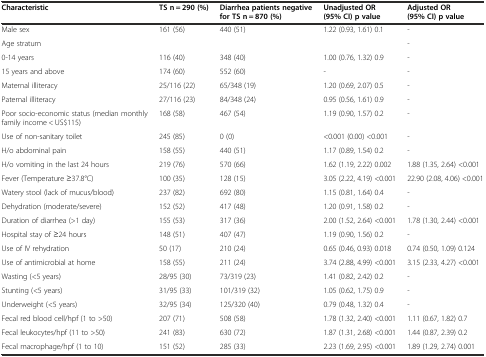
<table><thead><tr><td><b>Characteristic</b></td><td><b>TS n = 290 (%)</b></td><td><b>Diarrhea patients negative for TS n = 870 (%)</b></td><td><b>Unadjusted OR (95% CI) p value</b></td><td><b>Adjusted OR (95% CI) p value</b></td></tr></thead><tbody><tr><td>Male sex</td><td>161 (56)</td><td>440 (51)</td><td>1.22 (0.93, 1.61) 0.1</td><td>-</td></tr><tr><td>Age stratum</td><td></td><td></td><td></td><td>-</td></tr><tr><td>0-14 years</td><td>116 (40)</td><td>348 (40)</td><td>1.00 (0.76, 1.32) 0.9</td><td>-</td></tr><tr><td>15 years and above</td><td>174 (60)</td><td>552 (60)</td><td>-</td><td>-</td></tr><tr><td>Maternal illiteracy</td><td>25/116 (22)</td><td>65/348 (19)</td><td>1.20 (0.69, 2.07) 0.5</td><td>-</td></tr><tr><td>Paternal illiteracy</td><td>27/116 (23)</td><td>84/348 (24)</td><td>0.95 (0.56, 1.61) 0.9</td><td>-</td></tr><tr><td>Poor socio-economic status (median monthly family income &lt; US$115)</td><td>168 (58)</td><td>467 (54)</td><td>1.19 (0.90, 1.57) 0.2</td><td>-</td></tr><tr><td>Use of non-sanitary toilet</td><td>245 (85)</td><td>0 (0)</td><td>&lt;0.001 (0.00) &lt;0.001</td><td>-</td></tr><tr><td>H/o abdominal pain</td><td>158 (55)</td><td>440 (51)</td><td>1.17 (0.89, 1.54) 0.2</td><td>-</td></tr><tr><td>H/o vomiting in the last 24 hours</td><td>219 (76)</td><td>570 (66)</td><td>1.62 (1.19, 2.22) 0.002</td><td>1.88 (1.35, 2.64) &lt;0.001</td></tr><tr><td>Fever (Temperature ≥37.8°C)</td><td>100 (35)</td><td>128 (15)</td><td>3.05 (2.22, 4.19) &lt;0.001</td><td>22.90 (2.08, 4.06) &lt;0.001</td></tr><tr><td>Watery stool (lack of mucus/blood)</td><td>237 (82)</td><td>692 (80)</td><td>1.15 (0.81, 1.64) 0.4</td><td>-</td></tr><tr><td>Dehydration (moderate/severe)</td><td>152 (52)</td><td>417 (48)</td><td>1.20 (0.91, 1.58) 0.2</td><td>-</td></tr><tr><td>Duration of diarrhea (&gt;1 day)</td><td>155 (53)</td><td>317 (36)</td><td>2.00 (1.52, 2.64) &lt;0.001</td><td>1.78 (1.30, 2.44) &lt;0.001</td></tr><tr><td>Hospital stay of ≥24 hours</td><td>148 (51)</td><td>407 (47)</td><td>1.19 (0.90, 1.56) 0.2</td><td>-</td></tr><tr><td>Use of IV rehydration</td><td>50 (17)</td><td>210 (24)</td><td>0.65 (0.46, 0.93) 0.018</td><td>0.74 (0.50, 1.09) 0.124</td></tr><tr><td>Use of antimicrobial at home</td><td>158 (55)</td><td>211 (24)</td><td>3.74 (2.88, 4.99) &lt;0.001</td><td>3.15 (2.33, 4.27) &lt;0.001</td></tr><tr><td>Wasting (&lt;5 years)</td><td>28/95 (30)</td><td>73/319 (23)</td><td>1.41 (0.82, 2.42) 0.2</td><td>-</td></tr><tr><td>Stunting (&lt;5 years)</td><td>31/95 (33)</td><td>101/319 (32)</td><td>1.05 (0.62, 1.75) 0.9</td><td>-</td></tr><tr><td>Underweight (&lt;5 years)</td><td>32/95 (34)</td><td>125/320 (40)</td><td>0.79 (0.48, 1.32) 0.4</td><td>-</td></tr><tr><td>Fecal red blood cell/hpf (1 to &gt;50)</td><td>207 (71)</td><td>508 (58)</td><td>1.78 (1.32, 2.40) &lt;0.001</td><td>1.11 (0.67, 1.82) 0.7</td></tr><tr><td>Fecal leukocytes/hpf (11 to &gt;50)</td><td>241 (83)</td><td>630 (72)</td><td>1.87 (1.31, 2.68) &lt;0.001</td><td>1.44 (0.87, 2.39) 0.2</td></tr><tr><td>Fecal macrophage/hpf (1 to 10)</td><td>151 (52)</td><td>285 (33)</td><td>2.23 (1.69, 2.95) &lt;0.001</td><td>1.89 (1.29, 2.74) 0.001</td></tr></tbody></table>